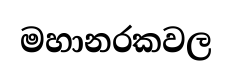
මහානරකවල